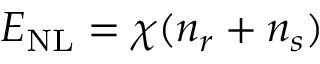
E _ { \mathrm { N L } } = \chi ( { n } _ { r } + { n } _ { s } )